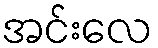
အင်းလေ